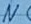
Text: N